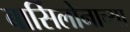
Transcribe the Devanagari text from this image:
बार्सिलोनाच्या